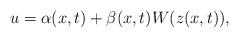
\begin{align*}& u=\alpha(x,t)+\beta(x,t)W(z(x,t)),\end{align*}